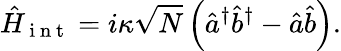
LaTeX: \hat{H}_{\mathrm{~i~n~t~}}=i\kappa\sqrt{N}\left(\hat{a}^{\dagger}\hat{b}^{\dagger}-\hat{a}\hat{b}\right).